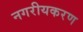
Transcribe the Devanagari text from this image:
नगरीयकरण